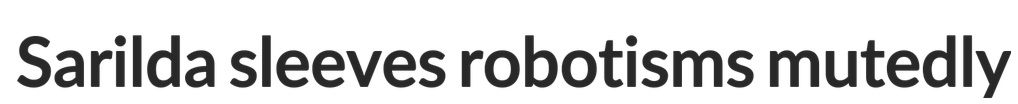
Sarilda sleeves robotisms mutedly